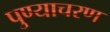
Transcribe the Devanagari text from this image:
पुण्याचरण